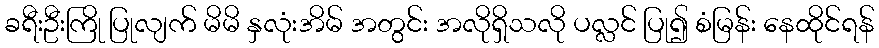
ခရီးဦးကြို ပြုလျက် မိမိ နှလုံးအိမ် အတွင်း အလိုရှိသလို ပလ္လင် ပြု၍ စံမြန်း နေထိုင်ရန်